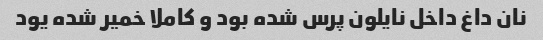
نان داغ داخل نایلون پرس شده بود و کاملا خمیر شده یود